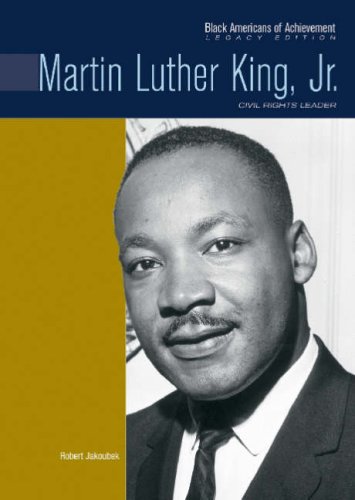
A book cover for Martin Luther King, Jr.: Civil Rights Leader (Black Americans of Achievement); Robert E. Jakoubek; Teen & Young Adult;